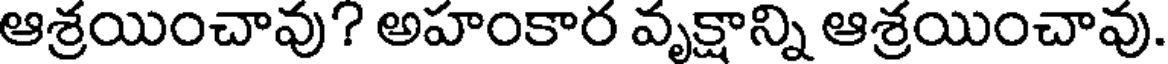
ఆశ్రయించావు? అహంకార వృక్షాన్ని ఆశ్రయించావు.